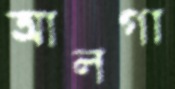
আলগা